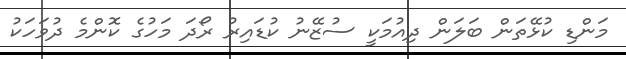
މަންޑި ކުޅޭތަން ބަލަން ދިއުމަކީ ސުޒޭނު ކުޑައިރު ރޯދަ މަހުގެ ކޮންމެ ދުވަހަކު